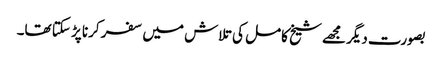
بصورت دیگر مجھے شیخ کامل کی تلاش میں سفر کرنا پڑ سکتا تھا۔